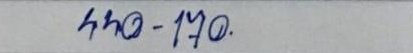
440 - 170